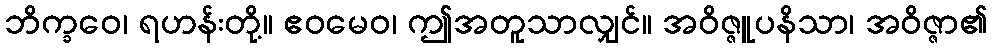
ဘိက္ခဝေ၊ ရဟန်းတို့။ ဧဝမေဝ၊ ဤအတူသာလျှင်။ အဝိဇ္ဇူပနိသာ၊ အဝိဇ္ဇာ၏